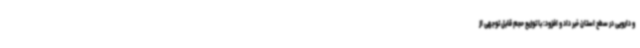
و دارویی در سطح استان خبر داد و افزود: با توزیع حجم قابل توجهی از